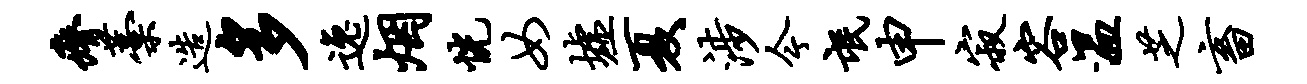
瘠藁造多逸烟恍女墟夏涉今氓申寂容温芝畜